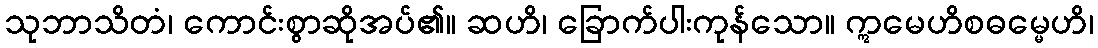
သုဘာသိတံ၊ ကောင်းစွာဆိုအပ်၏။ ဆဟိ၊ ခြောက်ပါးကုန်သော။ ဣမေဟိစဓမ္မေဟိ၊